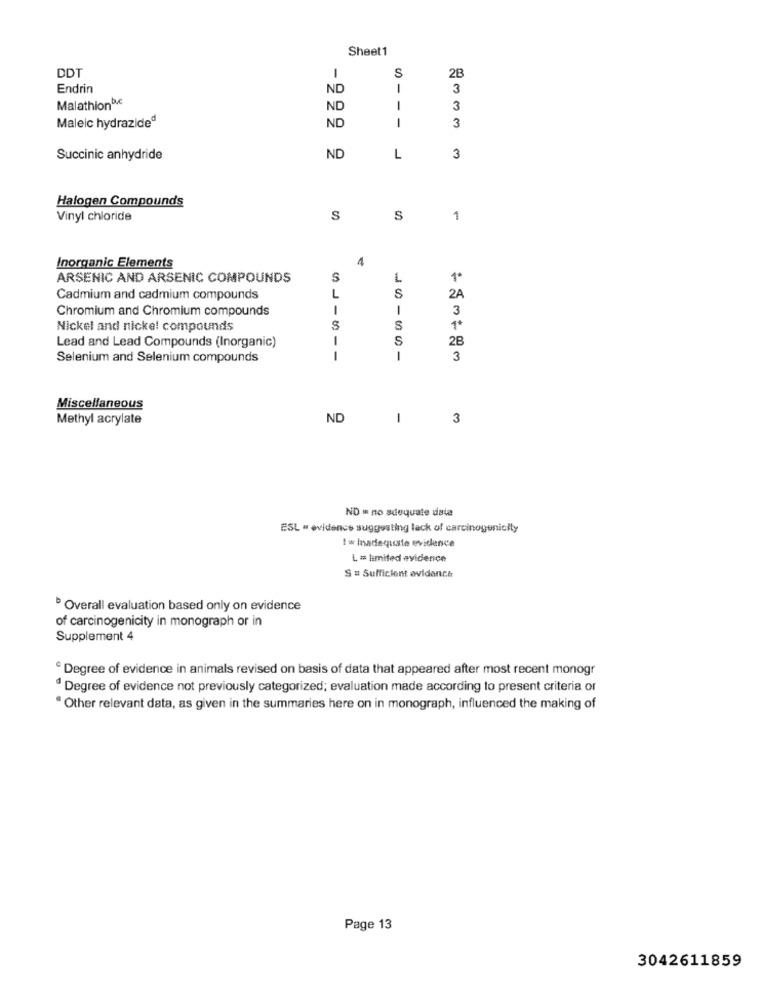
Sheet1
1
DDT
Endrin
ND
3
Malathionbe
ND
---
3
ND
1
Maleic hydrazided
3
Succinic anhydride
ND
L
3
Halogen Compounds
Vinyl chloride
S
S
1
Inorganic Elements
ARSENIC AND ARSENIC COMPOUNDS
S
L
1º
Cadmium and cadmium compounds
L
S
2A
Chromium and Chromium compounds
1
1
3
Nickel and nicke! compounds
S
1+
1
S
2B
Lead and Lead Compounds (Inorganic)
Selenium and Selenium compounds
1
1
3
Miscellaneous
Methyl acrylate
ND
-
3
ND = no adequate dala
ESL " evidence suggesting lack of carcinogenicfly
1 w Inadequate evidence
L = limited evidence
S = Sufficient evidence
Overall evaluation based only on evidence
of carcinogenicity in monograph or in
Supplement 4
Degree of evidence in animals revised on basis of data that appeared after most recent monogr
Degree of evidence not previously categorized; evaluation made according to present criteria or
Other relevant data, as given in the summaries here on in monograph, influenced the making of
Page 13
3042611859